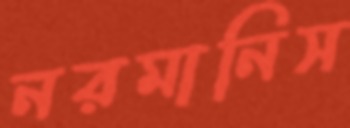
নরমানিস